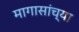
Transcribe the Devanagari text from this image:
मागासांच्या